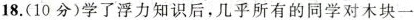
18.(10分)学了浮力知识后，几乎所有的同学对木块一